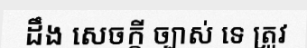
ដឹង សេចក្តី ច្បាស់ ទេ ត្រូវ